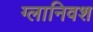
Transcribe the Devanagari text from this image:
ग्लानिवश